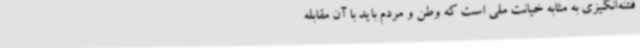
فتنه‌انگیزی به مثابه خیانت ملی است که وطن و مردم باید با آن مقابله